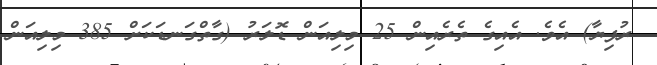
ރުފިޔާ) އެވެ. އެއިގެ ތެރެއިން 25 މިލިއަން ޑޮލަރު (ގާތްގަނޑަކަށް 385 މިލިއަން